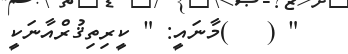
" (   )މާނައީ: " ކީރިތިޤުރްއާނަކީ